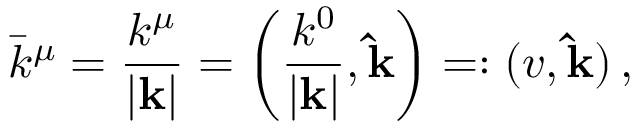
\bar { k } ^ { \mu } = \frac { k ^ { \mu } } { | { \bf k } | } = \left( \frac { k ^ { 0 } } { | { \bf k } | } , { \bf \hat { k } } \right) = : ( v , { \bf \hat { k } } ) \, ,